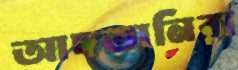
আদভানিরা